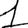
Digit: 1